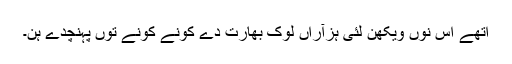
اتھے اس نوں ویکھن لئی ہزآراں لوک بھارت دے کونے کونے توں پہنچدے ہن۔